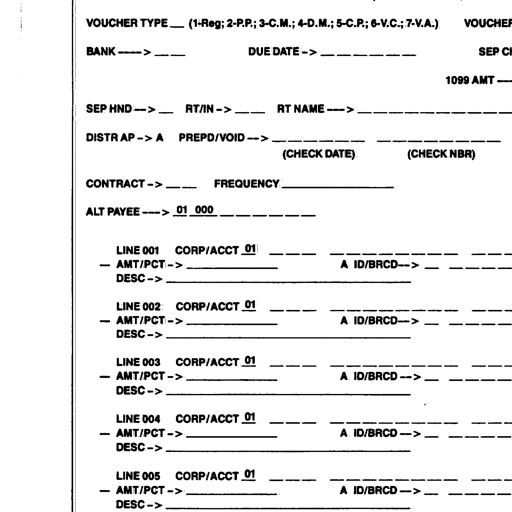
VOUCHER TYPE ___ (1-Reg; 2-P.P.; 3-C.M.; 4-D.M.; 5-C.P.; 6-V.C.; 7-V.A.) VOUCHE
BANK ---> ___ DUE DATE -> ___________ SEP CI
1099 AMT --
SEP HND ---> __ RT/IN -> ___ RT NAME ---> ________________________
DISTR AP -> A PREPD/VOID ---> ______________ ______________
(CHECK DATE) (CHECK NBR)
CONTRACT -> ____ FREQUENCY ________________
ALT PAYEE ---> 01 000 __________
LINE 001 CORP/ACCT 01 ____ ______________
- AMT/PCT -> ______________ A ID/BRCD ---> ___ ____ ____
DESC -> ______________________________
LINE 002 CORP/ACCT 01 ____ ______________
- AMT/PCT -> ______________ A ID/BRCD ---> ___ ____ ____
DESC -> ______________________________
LINE 003 CORP/ACCT 01 ____ ______________
- AMT/PCT -> ______________ A ID/BRCD ---> ___ ____ ____
DESC -> ______________________________
LINE 004 CORP/ACCT 01 ____ ______________
- AMT/PCT -> ______________ A ID/BRCD ---> ___ ____ ____
DESC -> ______________________________
LINE 005 CORP/ACCT 01 ____ ______________
- AMT/PCT -> ______________ A ID/BRCD ---> ___ ____ ____
DESC -> ______________________________